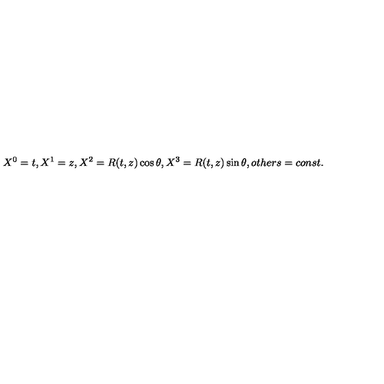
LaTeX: X ^ { 0 } = t , X ^ { 1 } = z , X ^ { 2 } = R ( t , z ) \cos \theta , X ^ { 3 } = R ( t , z ) \sin \theta , o t h e r s = c o n s t .